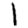
Digit: 1